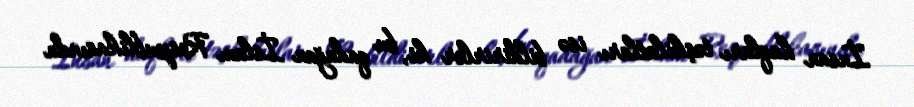
İnsan haqları təşkilatları isə bildirirlər ki, bu qadağan İslam Respublikasında